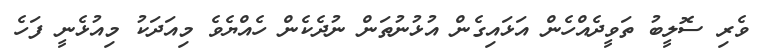
ވެރި ސޮލީބު ތަވީދެއްހެން އަޅައިގެން އުޅުނުތަން ނުދެކެން ހެއްޔެވެ މިއަދަކު މިއުޅެނީ ފަހެ